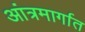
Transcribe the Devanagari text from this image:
आंत्रमार्गात